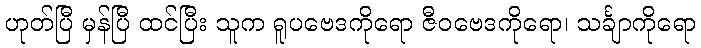
ဟုတ်ပြီ မှန်ပြီ ထင်ပြီး သူက ရူပဗေဒကိုရော ဇီဝဗေဒကိုရော၊ သင်္ချာကိုရော